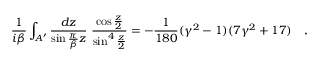
{ \frac { 1 } { i \beta } } \int _ { A ^ { \prime } } { \frac { d z } { \sin { \frac { \pi } { \beta } } z } } ~ { \frac { \cos \frac z 2 } { \sin ^ { 4 } \frac z 2 } } = - { \frac { 1 } { 1 8 0 } } ( \gamma ^ { 2 } - 1 ) ( 7 \gamma ^ { 2 } + 1 7 ) ~ ~ ~ ,